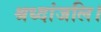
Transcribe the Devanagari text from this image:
श्रध्दांजलि।